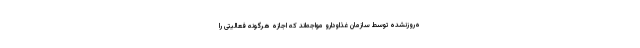
ه‌روزنشده توسط سازمان غذاودارو مواجه‌اند که اجازه هرگونه فعالیتی را